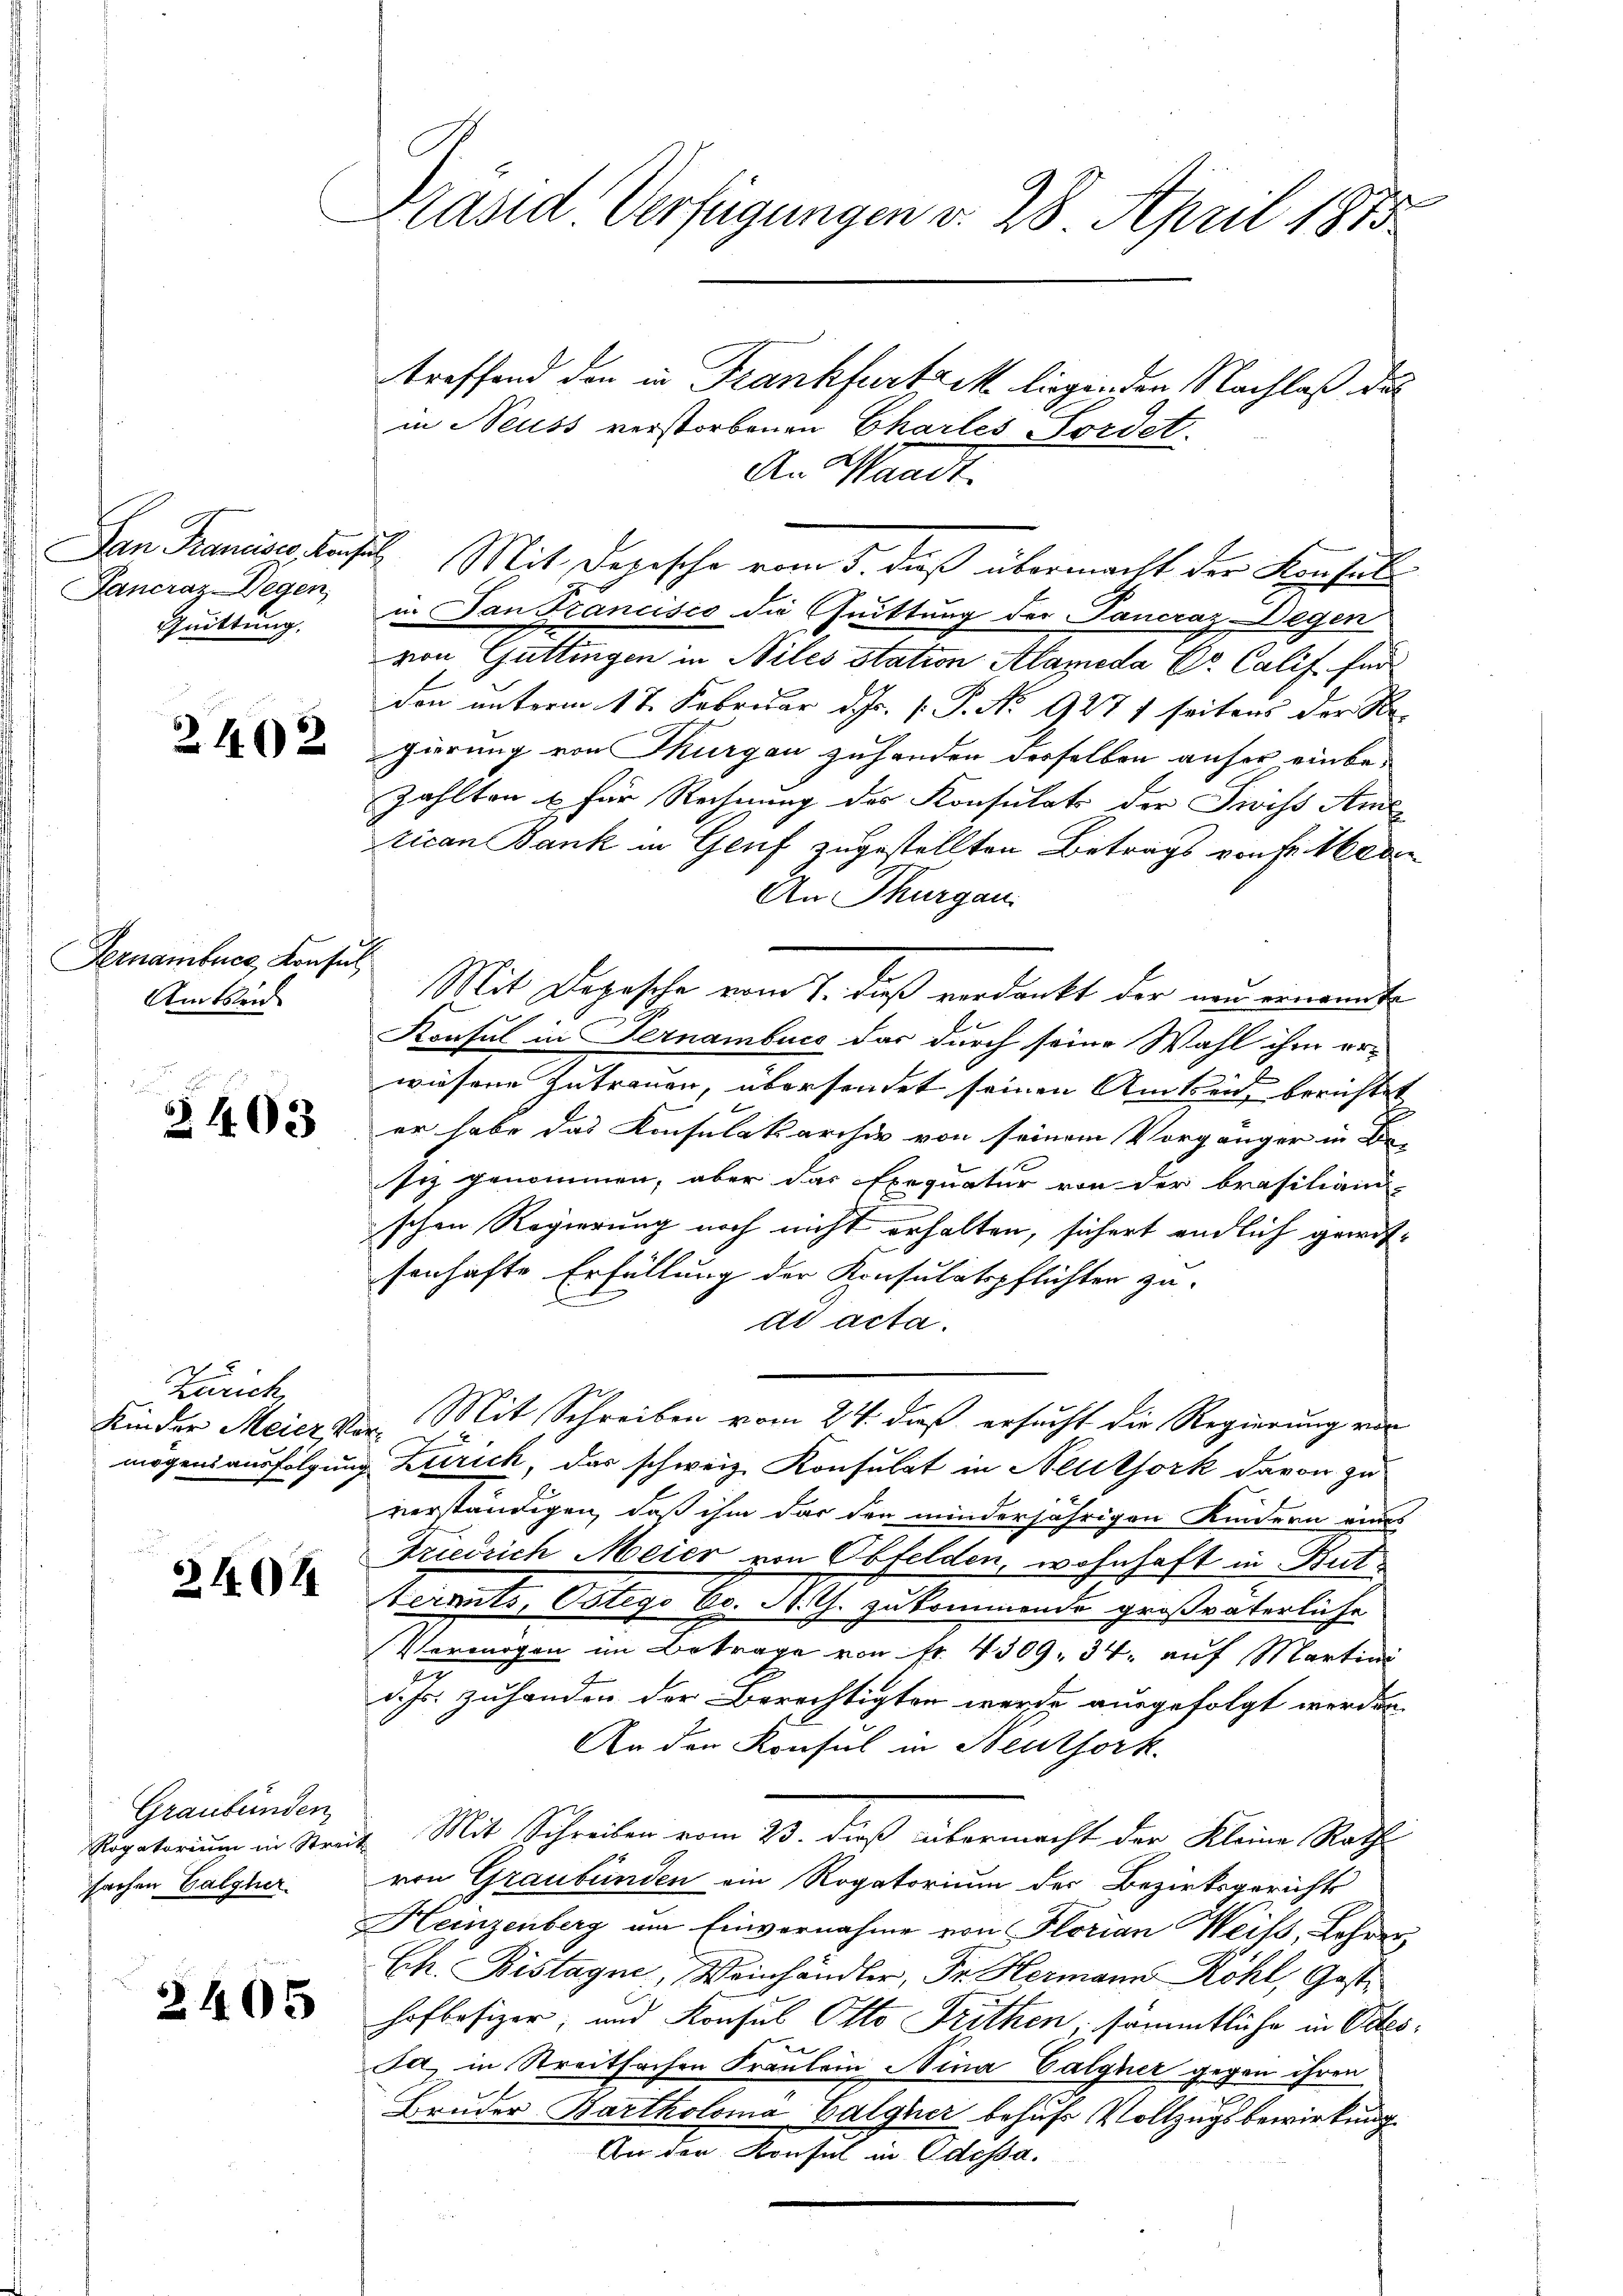
San Francisco, Kan
Pancraz-Wegen,
Quittung.

2402

Fernamburg, Konsul
Amtsleich

2403

Zürich

2101

Graubünden
Rogatorium in Streit
fachen Valgher
J

2405

Präsid Verfügungen v. 28. April 1873

treffend den in Frankfurtaik liegenden Nachlaß des
in Neuss verstorbenen Charlei Fordet.
An Waadt.
d
Mit Depesche vom 5. daß übermacht der Konsul
in San Francisco die Quittung der Pancraz-Degen
von Gattingen in Niles station Alameda Dr. Calif für
don unterm 17. Februar d. Js. [ P. No 927/ seitens der Re-
gierung von Thurgau zuhanden derselben anher einbezahlten & für Rechnung des Konsulats der Zwiss Amt
tican Bank in Genf zugestellten Betrags von Fr. Nea
An Thurgau.
Mit Depesche vom 7. daß verdankt der neu ernannte
Konsul in Fernambuce das durch seine Wahl ihm er-
wiesene Zutrauen, übersendet seinen Amtsein berichtet
er habe das Konsulatsarchiv von seinem Vorgänger in Be-
siz genommen, aber das Exequatur von der brasiliand-
schen Regierung noch nicht erhalten, sichert endlich gewissenhafte Erfüllung der Konsulatspflichten zu-
ad acta.
Kinder Meier vor. Mit Schreiben vom 24. daß ersucht die Regierung von
2
mögensausfolgung Zürich, das schweiz. Konsulat in Neuthork davon zu
verständigen, daß ihm dar den minderjährigen Kindern eins
Friedrich Meier von Obfelden, wohnhaft in But¬
Verants, Obligo Br. K. G. zukommende großväterliche
Vermögen im Betrage von Fr. 4309. 34. auf Martini
d. Js. zuhanden der Berechtigten werde ausgefolgt werden.
An den Konsul in Neuthork
2. Mit Schreiben vom 23. dieß übermacht der Kleine Rath
von Graubünden ein Rogatorium der Bezirksgericht
Heinzenberg um Einvernahme von Florian Weiss, Lohner,
Ech. Bistagne, Weinhändler, Dr. Hermann Röhl, Gast
hofbesizer, und Konsul Otto Trithen, sämmtliche in Ortes¬
Ja, in Streitfachen Fraulein Nina Balgner gegen ihren
Bruder Bartholoma Calgner behufs Vollzugsbewirkung
An der Konsul in Odessa.